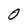
Character: 0